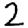
Digit: 2